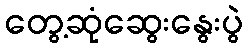
တွေ့ဆုံဆွေးနွေးပွဲ